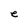
Character: e